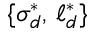
\{ \sigma _ { d } ^ { * } , \, \ell _ { d } ^ { * } \}